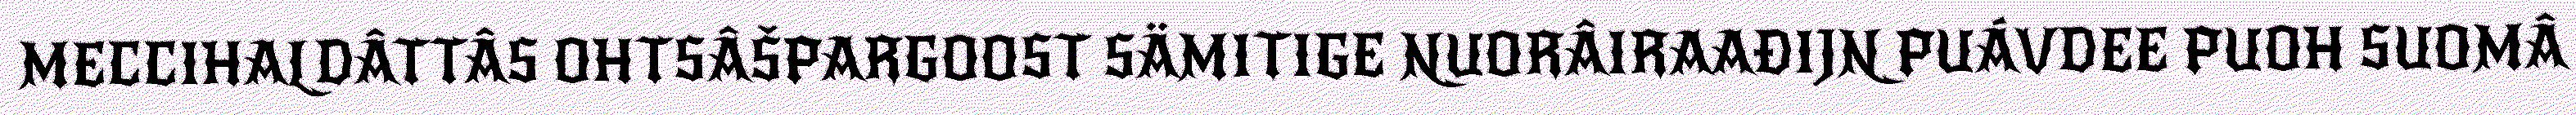
MECCIHALDÂTTÂS OHTSÂŠPARGOOST SÄMITIGE NUORÂIRAAĐIJN PUÁVDEE PUOH SUOMÂ